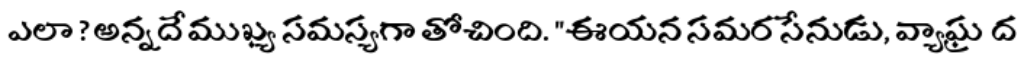
ఎలా ? అన్నదే ముఖ్య సమస్యగా తోచింది. "ఈయన సమర సేనుడు, వ్యాఘ్ర ద